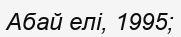
Абай елі, 1995;